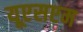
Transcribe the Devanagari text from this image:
यूएसएम